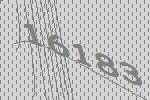
16183